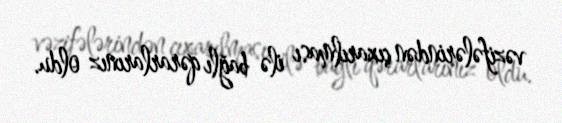
vəzifələrindən çıxarılması ilə bağlı qərarlarınız oldu.